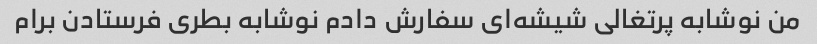
من نوشابه پرتغالی شیشه‌ای سفارش دادم نوشابه بطری فرستادن برام